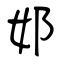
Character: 邚